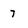
Character: 7